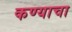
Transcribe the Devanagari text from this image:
कण्याचा